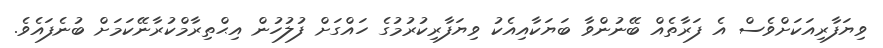
ވިޔަފާރިއަކަށްވެސް އެ ފަރާތެއް ބޭނުންވާ ބަޔަކާއިއެކު ވިޔަފާރިކުރުމުގެ ހައްގަށް ފުލުހުން އިޙްތިރާމްކުރާނޭކަމަށް ބުނެފައެވެ.